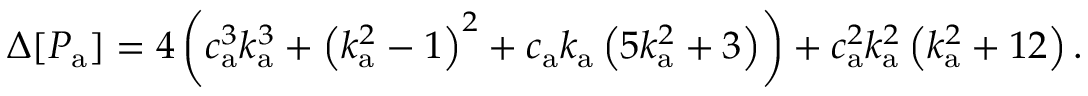
\Delta [ P _ { \mathrm { a } } ] = 4 \left( c _ { \mathrm { a } } ^ { 3 } k _ { \mathrm { a } } ^ { 3 } + \left( k _ { \mathrm { a } } ^ { 2 } - 1 \right) ^ { 2 } + c _ { \mathrm { a } } k _ { \mathrm { a } } \left( 5 k _ { \mathrm { a } } ^ { 2 } + 3 \right) \right) + c _ { \mathrm { a } } ^ { 2 } k _ { \mathrm { a } } ^ { 2 } \left( k _ { \mathrm { a } } ^ { 2 } + 1 2 \right) .